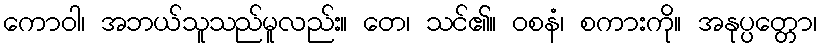
ကောဝါ၊ အဘယ်သူသည်မူလည်း။ တေ၊ သင်၏။ ဝစနံ၊ စကားကို။ အနုပ္ပတ္တော၊